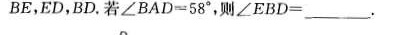
E，ED，BD。若$$∠ B A D =58°$$，则∠EBD=___。